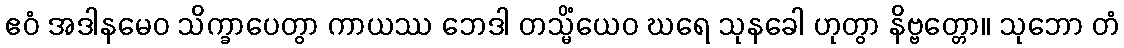
ဧဝံ အဒါနမေဝ သိက္ခာပေတွာ ကာယဿ ဘေဒါ တသ္မိံယေဝ ဃရေ သုနခေါ ဟုတွာ နိဗ္ဗတ္တော။ သုဘော တံ